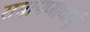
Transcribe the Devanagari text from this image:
रामायणाचार्य्